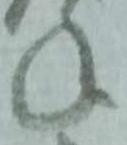
年